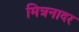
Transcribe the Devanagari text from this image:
मित्रनादर